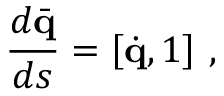
\frac { d \bar { \bf q } } { d s } = \left[ \dot { \bf q } , 1 \right] \, ,